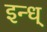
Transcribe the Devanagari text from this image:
इन्ध्‌